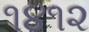
૧૪૧૨